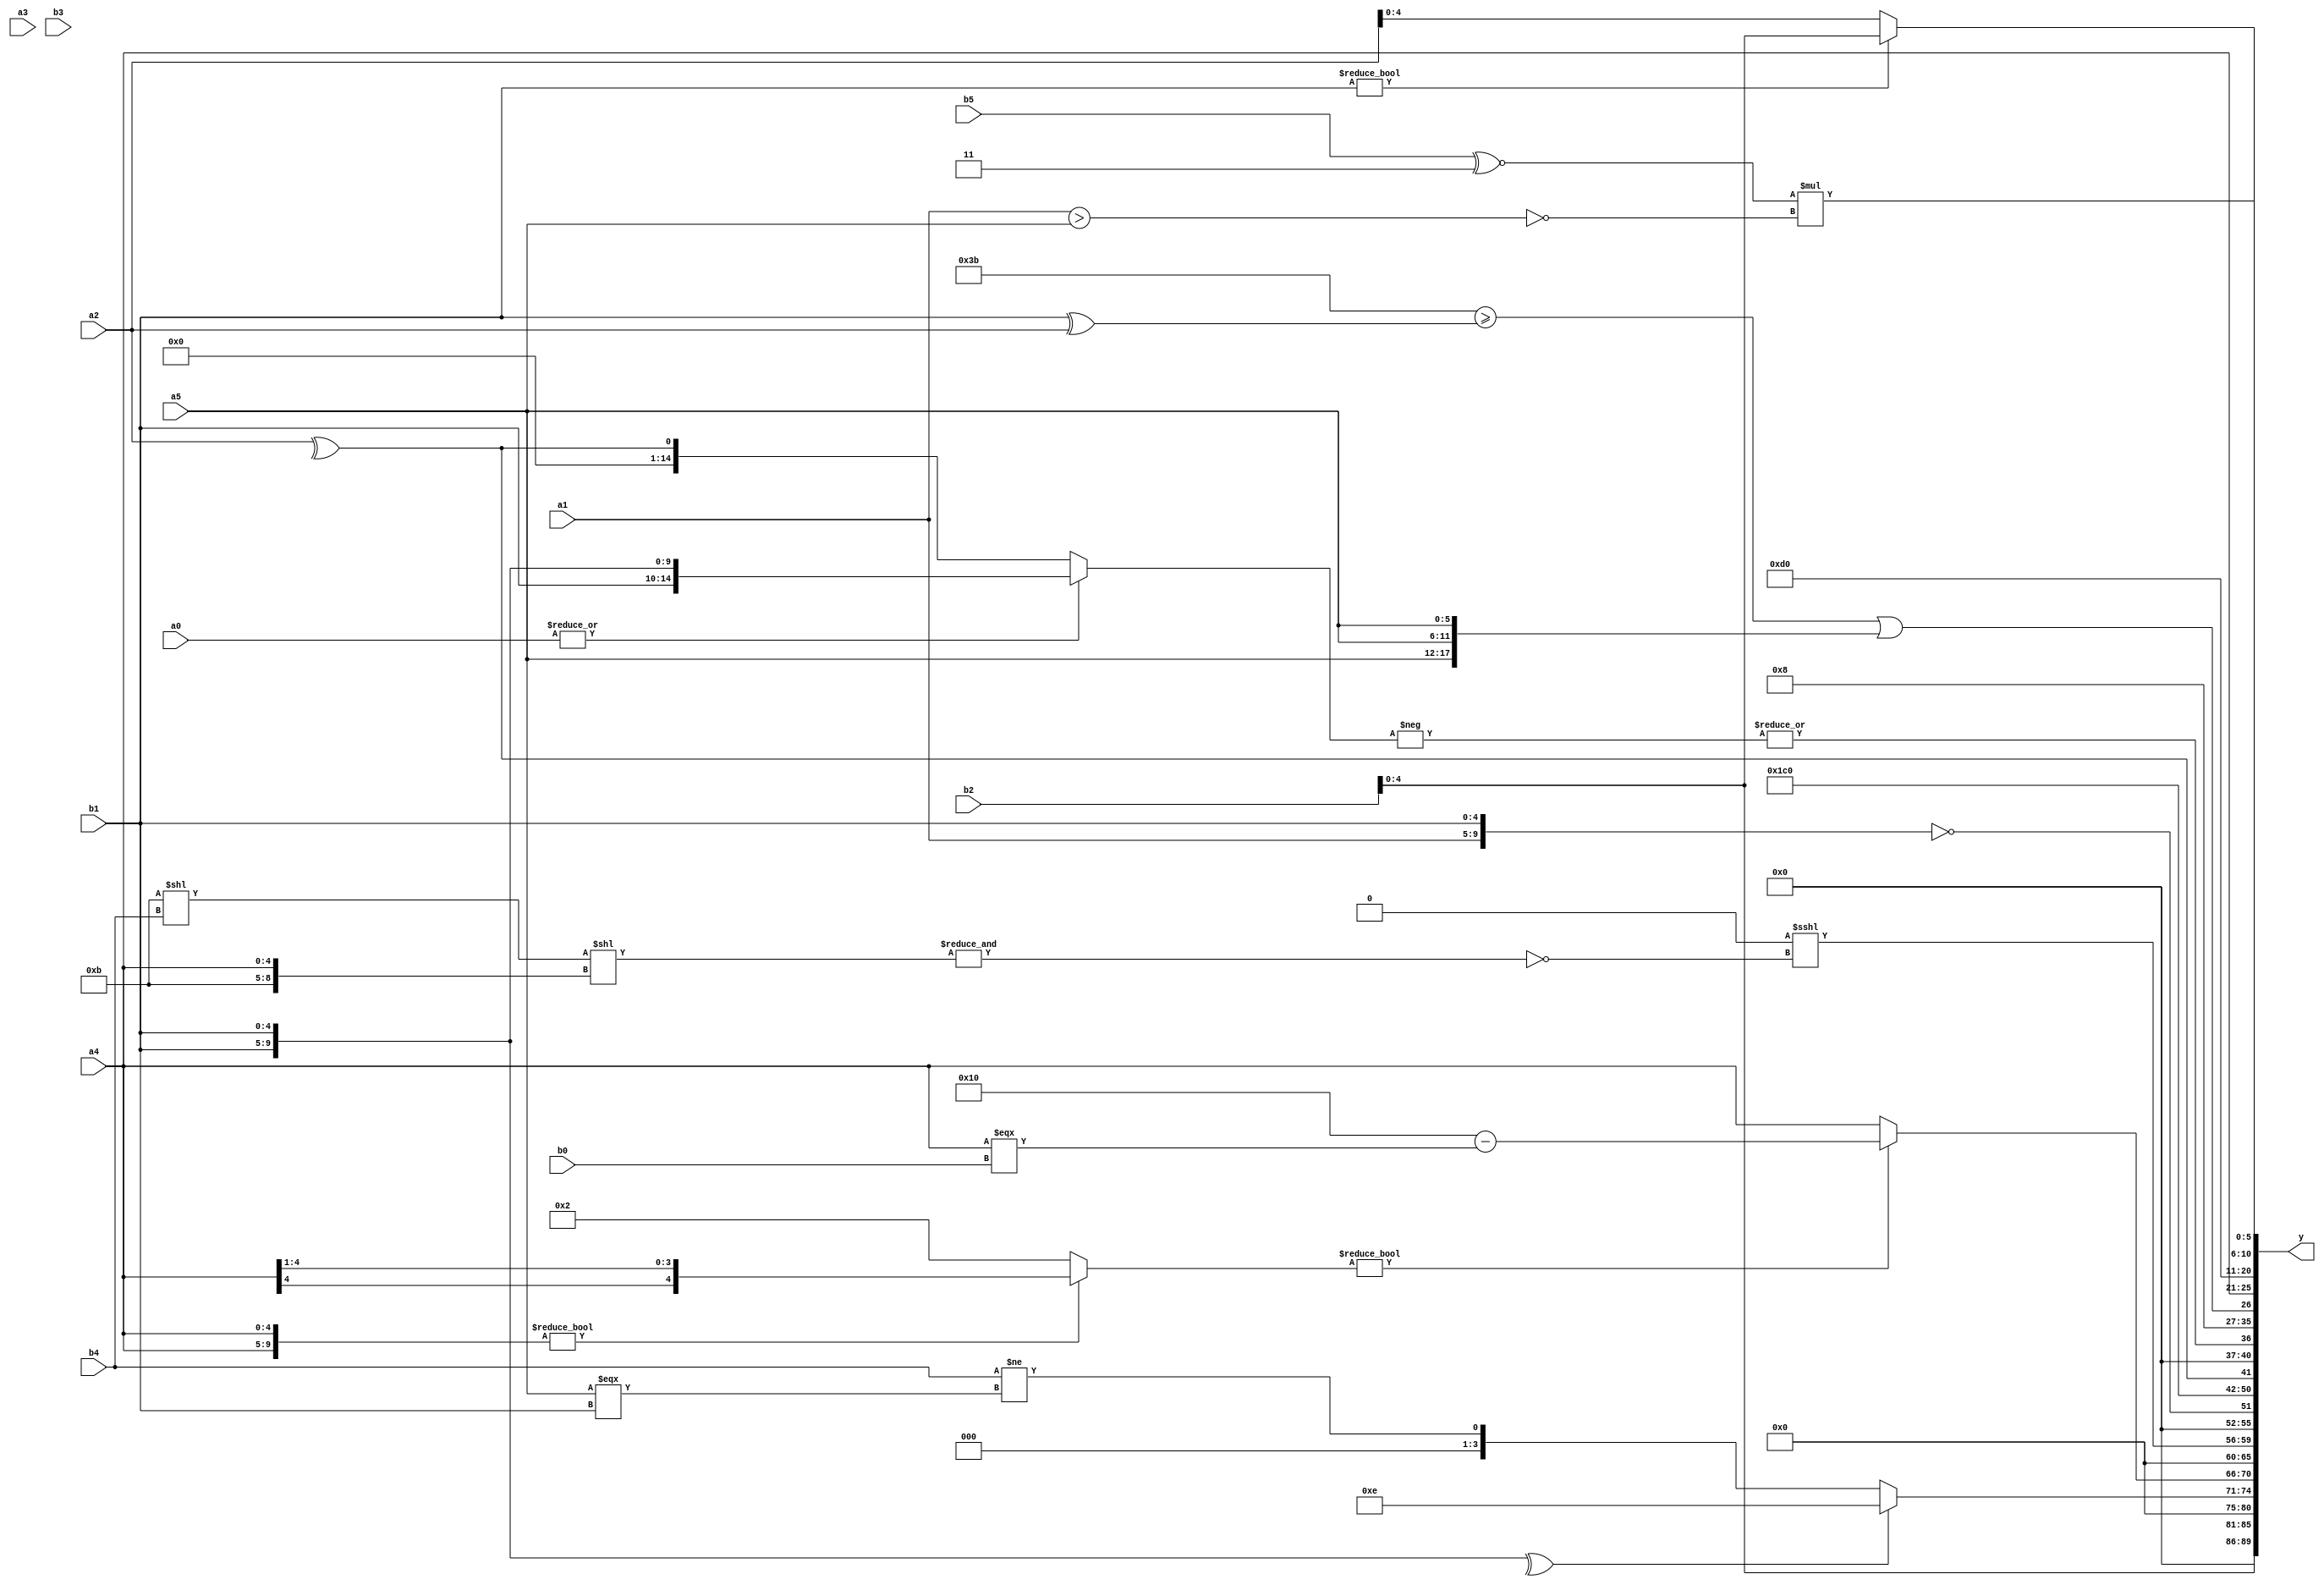
module expression_00740(a0, a1, a2, a3, a4, a5, b0, b1, b2, b3, b4, b5, y);
  input [3:0] a0;
  input [4:0] a1;
  input [5:0] a2;
  input signed [3:0] a3;
  input signed [4:0] a4;
  input signed [5:0] a5;

  input [3:0] b0;
  input [4:0] b1;
  input [5:0] b2;
  input signed [3:0] b3;
  input signed [4:0] b4;
  input signed [5:0] b5;

  wire [3:0] y0;
  wire [4:0] y1;
  wire [5:0] y2;
  wire signed [3:0] y3;
  wire signed [4:0] y4;
  wire signed [5:0] y5;
  wire [3:0] y6;
  wire [4:0] y7;
  wire [5:0] y8;
  wire signed [3:0] y9;
  wire signed [4:0] y10;
  wire signed [5:0] y11;
  wire [3:0] y12;
  wire [4:0] y13;
  wire [5:0] y14;
  wire signed [3:0] y15;
  wire signed [4:0] y16;
  wire signed [5:0] y17;

  output [89:0] y;
  assign y = {y0,y1,y2,y3,y4,y5,y6,y7,y8,y9,y10,y11,y12,y13,y14,y15,y16,y17};

  localparam [3:0] p0 = {3{{{1{(5'd21)}},{(2'd3),(3'd0)}}}};
  localparam [4:0] p1 = (^(!(2'd0)));
  localparam [5:0] p2 = {((2'd2)<(3'd4)),((3'sd2)<<(2'sd0)),((5'd25)>(2'sd0))};
  localparam signed [3:0] p3 = (((2'd0)?(3'd7):(-5'sd5))?{{(-2'sd0),(2'd3)}}:((-5'sd10)?(3'd6):(3'd5)));
  localparam signed [4:0] p4 = (~((~^((-3'sd2)?(3'd2):(-3'sd3)))?((4'sd2)?(-3'sd3):(2'd2)):((5'd11)?(-3'sd3):(5'sd12))));
  localparam signed [5:0] p5 = ((4'd9)!==(5'd8));
  localparam [3:0] p6 = (((4'd6)<=(3'd5))?((-5'sd12)==(5'd26)):(4'd15));
  localparam [4:0] p7 = ((2'sd0)==(-2'sd1));
  localparam [5:0] p8 = (((2'd3)^~(3'd0))|((5'sd6)<=(-2'sd1)));
  localparam signed [3:0] p9 = (~(~&(^(5'd20))));
  localparam signed [4:0] p10 = {{{(4'd12),(2'd0)},{(2'd3),(5'sd8)},((4'sd6)-(5'd3))}};
  localparam signed [5:0] p11 = {((-5'sd3)|(2'sd1)),((-5'sd0)<=(4'sd7))};
  localparam [3:0] p12 = (-5'sd9);
  localparam [4:0] p13 = ((((-4'sd4)!==(3'sd0))===((5'd18)+(-4'sd4)))<<<(((5'd21)-(4'd10))|((5'd16)!=(4'd5))));
  localparam [5:0] p14 = {2{((4'sd3)^~{3{(-4'sd4)}})}};
  localparam signed [3:0] p15 = {(5'd23),(3'd5),(~&(4'sd1))};
  localparam signed [4:0] p16 = ({{(-3'sd1),(3'd2),(3'd7)},((4'd15)?(2'sd1):(5'd1)),(!(2'd3))}>>>(((4'sd4)?(3'd4):(2'd1))?{(3'sd2)}:{(-2'sd1),(2'd0)}));
  localparam signed [5:0] p17 = ((5'd21)?((2'd0)?(4'd12):(5'sd12)):((3'd6)?(5'sd0):(4'd4)));

  assign y0 = (3'd0);
  assign y1 = (+{{4{{a3,a0,b3}}},{{1{a2}},(2'd2),{1{b2}}}});
  assign y2 = $unsigned((((a5>=p9)&(~^p11))));
  assign y3 = ((^{2{{b1}}})?{{{2{{a1,p15,p9}}}}}:((p8?b4:p17)!=(&(a5===b1))));
  assign y4 = (({2{a4}}?(a4>>>p5):$signed(p4))?$unsigned(((p12?p14:p6)-(a4===b0))):((+{4{a4}})));
  assign y5 = ((p3?p14:a1)<=(4'd2 * p1));
  assign y6 = (((~|{2{p15}})=={4{p8}})<<<(~&((p11<<b4)<<{p15,a4})));
  assign y7 = ({(^p5),(~b3),(~&b2)}?(!{1{{{a1,b1}}}}):(^{(p6?a5:b2)}));
  assign y8 = (-5'sd8);
  assign y9 = (^a2);
  assign y10 = (|({1{((-$unsigned(((^(~|a0))?(^$unsigned(a2)):{3{b1}}))))}}));
  assign y11 = (2'd1);
  assign y12 = (((p11)>=(b1^a2))||$unsigned({3{a5}}));
  assign y13 = $signed({4{a4}});
  assign y14 = (5'd13);
  assign y15 = {b4,b5,p16};
  assign y16 = {2{{2{(b1?b2:a2)}}}};
  assign y17 = ((b5^~p10)*(~^(a1>a5)));
endmodule